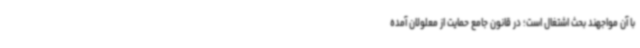
با آن مواجهند بحث اشتغال است؛ در قانون جامع حمایت از معلولان آمده